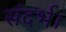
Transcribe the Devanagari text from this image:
संदर्भ।